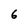
Character: 6